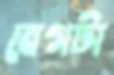
বেগটা